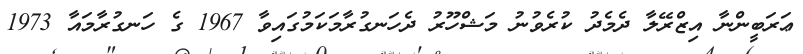
ޢަރަބީންނާ އިޒްރޭލާ ދެމެދު ކުރެވުނު މަޝްހޫރު ދެހަނގުރާމަކަމުގައިވާ 1967 ގެ ހަނގުރާމައާ 1973